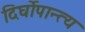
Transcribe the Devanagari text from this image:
दिर्घोपान्त्य